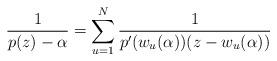
LaTeX: \begin{align*}\frac{1}{p(z)-\alpha}=\sum_{u=1}^N\frac{1}{p^\prime(w_u(\alpha))(z-w_u(\alpha))}\end{align*}